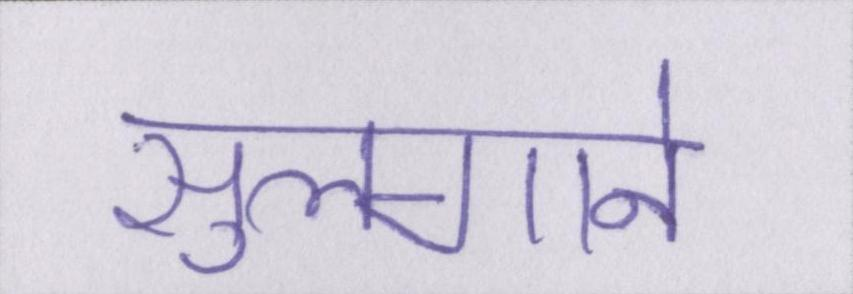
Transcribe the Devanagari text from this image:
सुलगाने